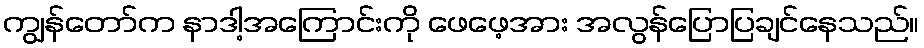
ကျွန်တော်က နာဒါ့အကြောင်းကို ဖေဖေ့အား အလွန်ပြောပြချင်နေသည်။